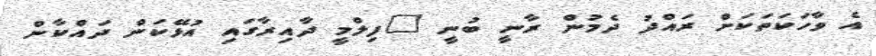
އެ ވާހަކަތަކަށް ރައްދު ދެމުން ރާނީ ބުނީ "ފިލްމީ ދާއިރާގައި އުޅޭކަން ދައްކާން